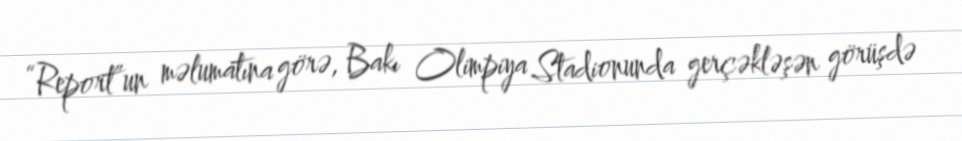
“Report”un məlumatına görə, Bakı Olimpiya Stadionunda gerçəkləşən görüşdə